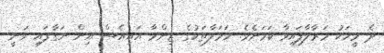
ދެ މީހަކު މަރާލާފައިވާ ކަަމަށެވެ. ހަމަލާތަކުގެ ޒިންމާ އައިއެސް އިން ނަގާފައި ވަނީ